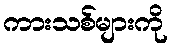
ကားသစ်များကို